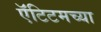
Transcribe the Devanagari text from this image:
ऍंटिटमच्या